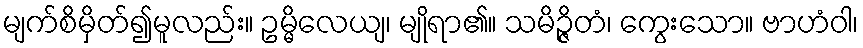
မျက်စိမှိတ်၍မူလည်း။ ဥမ္မိလေယျ၊ မျိုရာ၏။ သမိဉ္ဇိတံ၊ ကွေးသော။ ဗာဟံဝါ၊